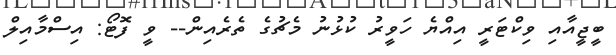
ބީޖީއާއި ވިކްޓަރީ އިއްޔެ ހަވީރު ކުޅުނު މެޗުގެ ތެރެއިން-- ވީ ފޮޓޯ: އިސްމާއިލް